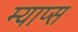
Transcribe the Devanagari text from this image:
म्याप्स